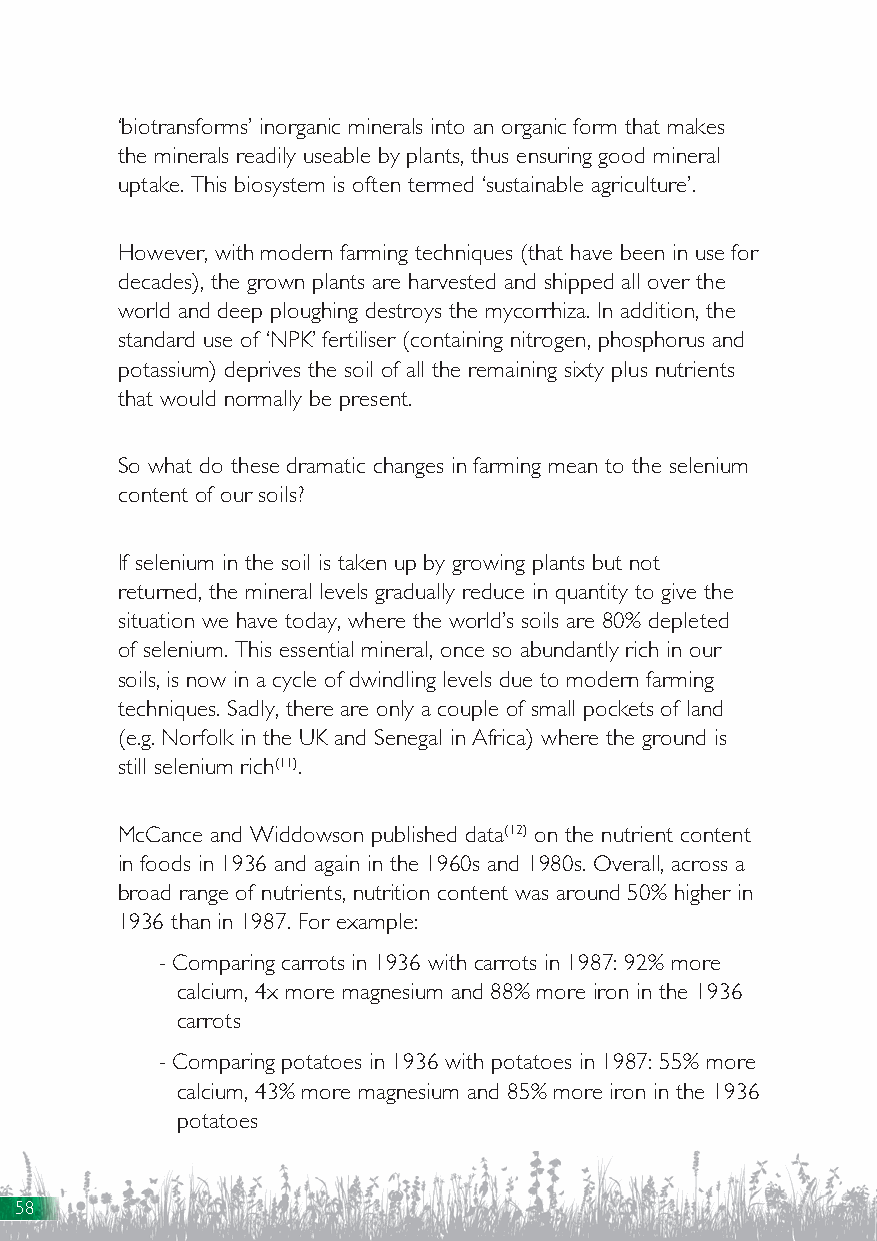
‘biotransforms’ inorganic minerals into an organic form that makes
 the minerals readily useable by plants, thus ensuring good mineral
 uptake. This biosystem is often termed ‘sustainable agriculture’.
 However, with modern farming techniques (that have been in use for
 decades), the grown plants are harvested and shipped all over the
 world and deep ploughing destroys the mycorrhiza. In addition, the
 standard use of ‘NPK’ fertiliser (containing nitrogen, phosphorus and
 potassium) deprives the soil of all the remaining sixty plus nutrients
 that would normally be present.
 So what do these dramatic changes in farming mean to the selenium
 content of our soils?
 If selenium in the soil is taken up by growing plants but not
 returned, the mineral levels gradually reduce in quantity to give the
 situation we have today, where the world’s soils are 80% depleted
 of selenium. This essential mineral, once so abundantly rich in our
 soils, is now in a cycle of dwindling levels due to modern farming
 techniques. Sadly, there are only a couple of small pockets of land
 (e.g. Norfolk in the UK and Senegal in Africa) where the ground is
 still selenium rich(11).
 McCance and Widdowson published data(12) on the nutrient content
 in foods in 1936 and again in the 1960s and 1980s. Overall, across a
 broad range of nutrients, nutrition content was around 50% higher in
 1936 than in 1987. For example:
 - Comparing carrots in 1936 with carrots in 1987: 92% more
 calcium, 4x more magnesium and 88% more iron in the 1936
 carrots
 - Comparing potatoes in 1936 with potatoes in 1987: 55% more
 calcium, 43% more magnesium and 85% more iron in the 1936
 potatoes
 58